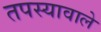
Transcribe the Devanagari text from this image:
तपस्यावाले